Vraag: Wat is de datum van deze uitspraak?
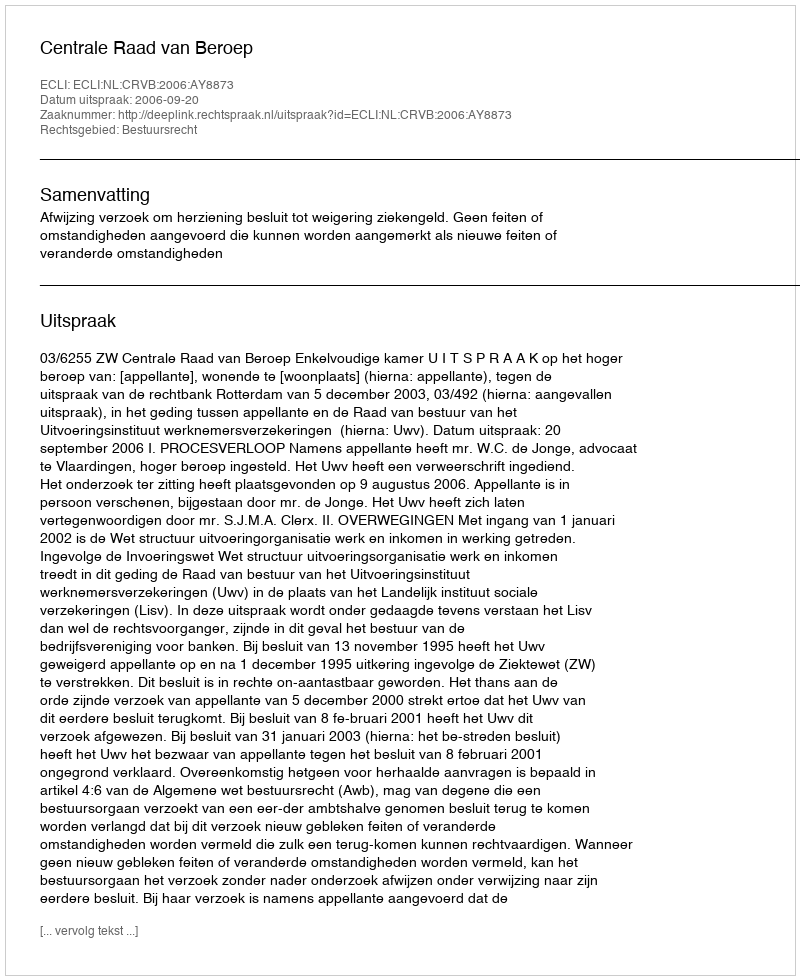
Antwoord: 2006-09-20